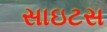
સાઇટસ